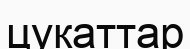
цукаттар